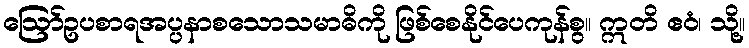
ဩော်ဥပစာရအပ္ပနာစသောသမာဓိကို ဖြစ်စေနိုင်ပေကုန်စွ။ ဣတိ ဧဝံ၊ သို့။